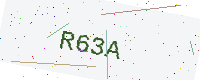
Text: R63A